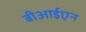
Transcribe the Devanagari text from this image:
बीआईएन